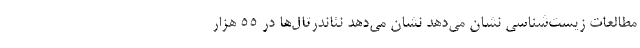
مطالعات زیست‌شناسی نشان می‌دهد نشان می‌دهد نئاندرتال‌ها در ۵۵ هزار